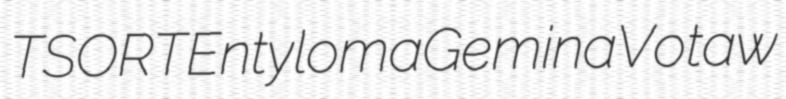
TSORT Entyloma Gemina Votaw